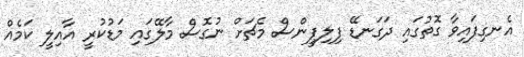
އެނގިފައިވާ ގޮތުގައި ދަގަނޑޭ ފިލިޕީންސް މެޗަށް ނުގޮސް މާލޭގައި މަޑުކުރީ އާއިލީ ކަމެއް